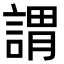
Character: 謂